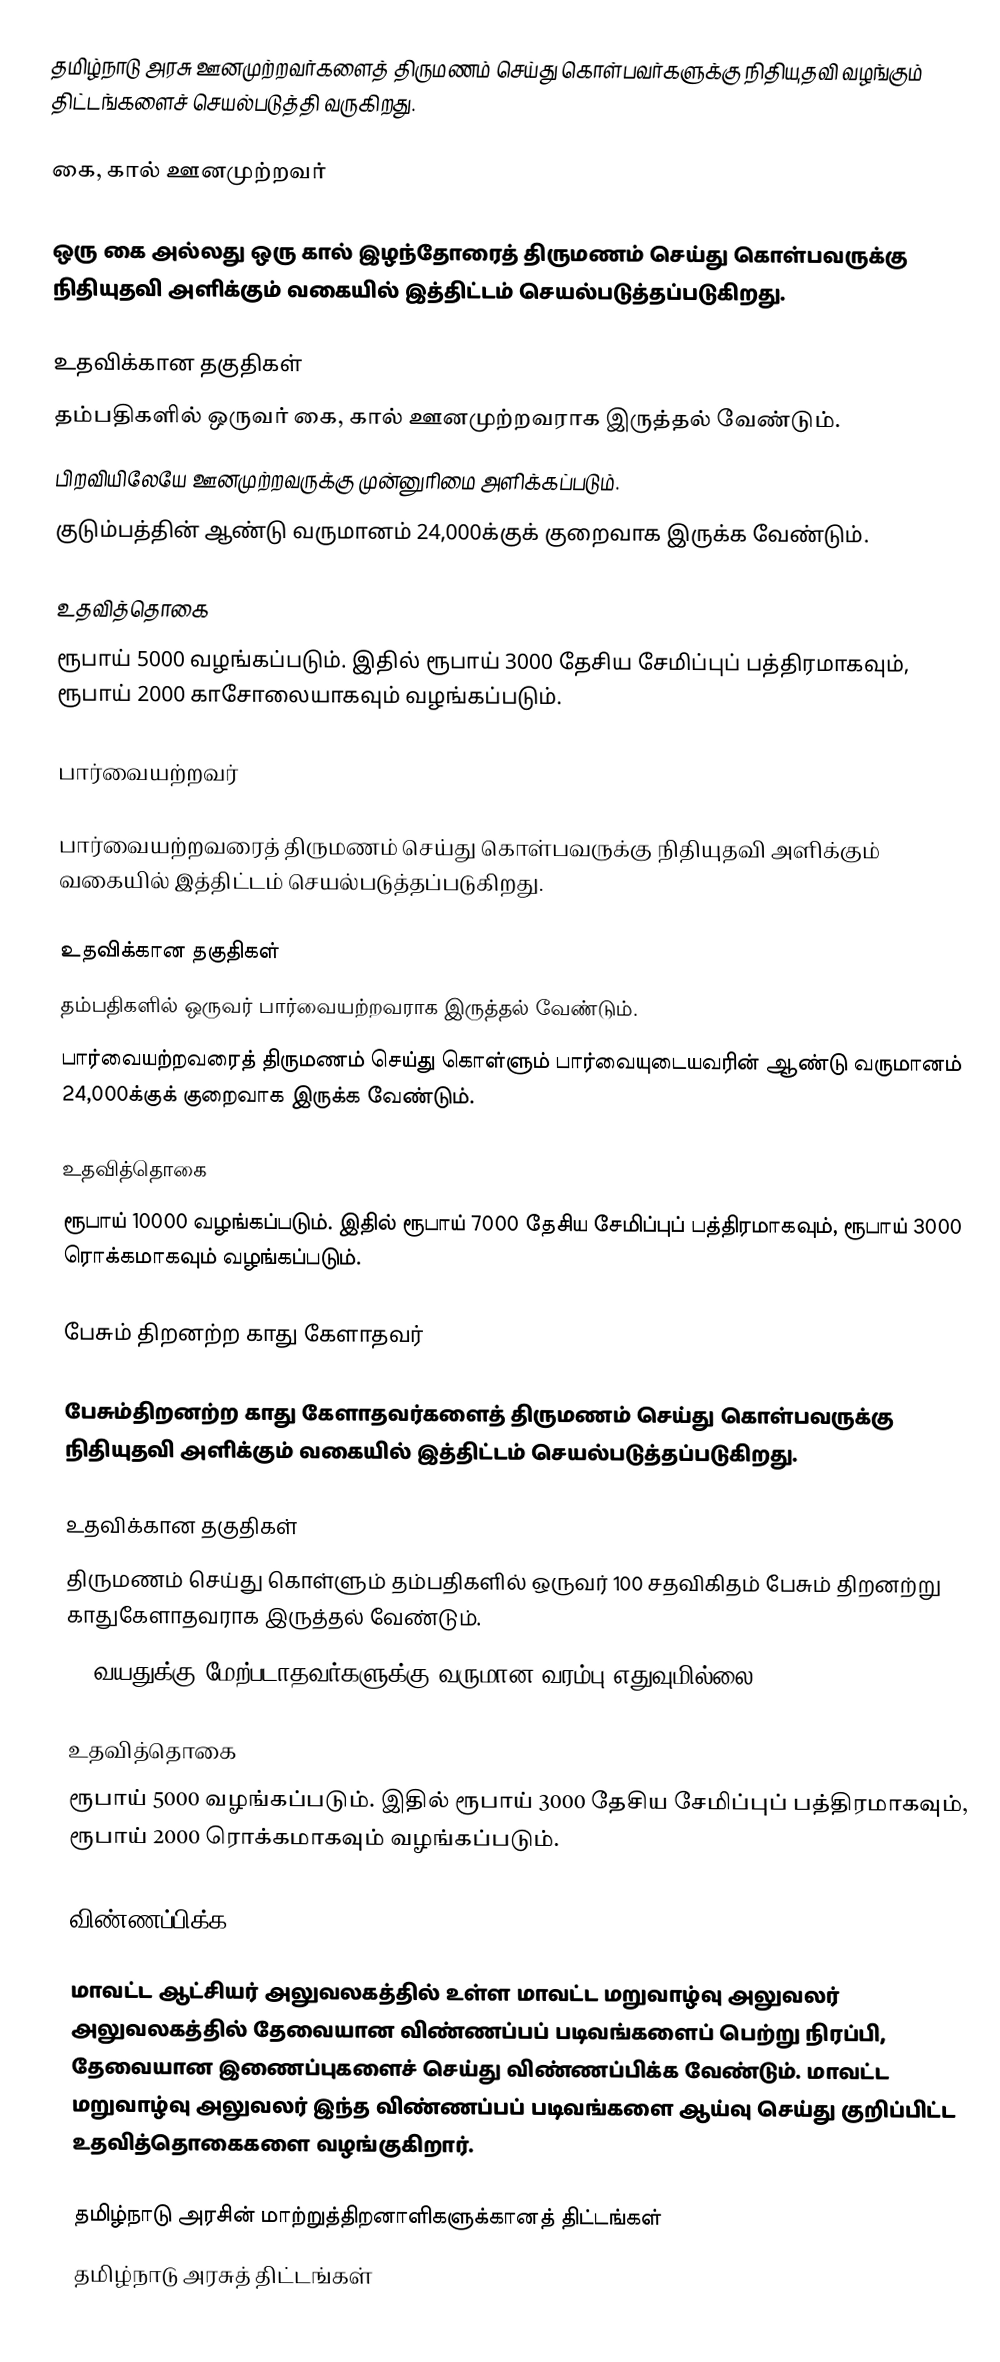
தமிழ்நாடு அரசு ஊனமுற்றவர்களைத் திருமணம் செய்து கொள்பவர்களுக்கு நிதியுதவி வழங்கும் திட்டங்களைச் செயல்படுத்தி வருகிறது.

கை, கால் ஊனமுற்றவர்

ஒரு கை அல்லது ஒரு கால் இழந்தோரைத் திருமணம் செய்து கொள்பவருக்கு நிதியுதவி அளிக்கும் வகையில் இத்திட்டம் செயல்படுத்தப்படுகிறது.

உதவிக்கான தகுதிகள்
தம்பதிகளில் ஒருவர் கை, கால் ஊனமுற்றவராக இருத்தல் வேண்டும்.
பிறவியிலேயே ஊனமுற்றவருக்கு முன்னுரிமை அளிக்கப்படும்.
குடும்பத்தின் ஆண்டு வருமானம் 24,000க்குக் குறைவாக இருக்க வேண்டும்.

உதவித்தொகை
ரூபாய் 5000 வழங்கப்படும். இதில் ரூபாய் 3000 தேசிய சேமிப்புப் பத்திரமாகவும், ரூபாய் 2000 காசோலையாகவும் வழங்கப்படும்.

பார்வையற்றவர்

பார்வையற்றவரைத் திருமணம் செய்து கொள்பவருக்கு நிதியுதவி அளிக்கும் வகையில் இத்திட்டம் செயல்படுத்தப்படுகிறது.

உதவிக்கான தகுதிகள்
தம்பதிகளில் ஒருவர் பார்வையற்றவராக இருத்தல் வேண்டும்.
பார்வையற்றவரைத் திருமணம் செய்து கொள்ளும் பார்வையுடையவரின் ஆண்டு வருமானம் 24,000க்குக் குறைவாக இருக்க வேண்டும்.

உதவித்தொகை
ரூபாய் 10000 வழங்கப்படும். இதில் ரூபாய் 7000 தேசிய சேமிப்புப் பத்திரமாகவும், ரூபாய் 3000 ரொக்கமாகவும் வழங்கப்படும்.

பேசும் திறனற்ற காது கேளாதவர்

பேசும்திறனற்ற காது கேளாதவர்களைத் திருமணம் செய்து கொள்பவருக்கு நிதியுதவி அளிக்கும் வகையில் இத்திட்டம் செயல்படுத்தப்படுகிறது.

உதவிக்கான தகுதிகள்
திருமணம் செய்து கொள்ளும் தம்பதிகளில் ஒருவர் 100 சதவிகிதம் பேசும் திறனற்று காதுகேளாதவராக இருத்தல் வேண்டும்.
35 வயதுக்கு மேற்படாதவர்களுக்கு வருமான வரம்பு எதுவுமில்லை.

உதவித்தொகை
ரூபாய் 5000 வழங்கப்படும். இதில் ரூபாய் 3000 தேசிய சேமிப்புப் பத்திரமாகவும், ரூபாய் 2000 ரொக்கமாகவும் வழங்கப்படும்.

விண்ணப்பிக்க

மாவட்ட ஆட்சியர் அலுவலகத்தில் உள்ள மாவட்ட மறுவாழ்வு அலுவலர் அலுவலகத்தில் தேவையான விண்ணப்பப் படிவங்களைப் பெற்று நிரப்பி, தேவையான இணைப்புகளைச் செய்து விண்ணப்பிக்க வேண்டும். மாவட்ட மறுவாழ்வு அலுவலர் இந்த விண்ணப்பப் படிவங்களை ஆய்வு செய்து குறிப்பிட்ட உதவித்தொகைகளை வழங்குகிறார்.

தமிழ்நாடு அரசின் மாற்றுத்திறனாளிகளுக்கானத் திட்டங்கள்
தமிழ்நாடு அரசுத் திட்டங்கள்